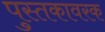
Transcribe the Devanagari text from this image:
पुस्तकावरक